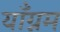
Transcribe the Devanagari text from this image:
याँग्नम